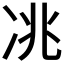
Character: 𱐃